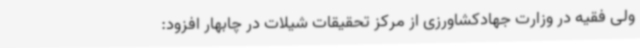
ولی فقیه در وزارت جهادکشاورزی از مرکز تحقیقات شیلات در چابهار افزود: